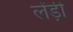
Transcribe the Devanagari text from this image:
लेंड़ी